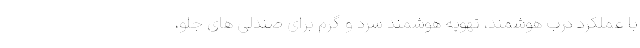
با عملکرد درب هوشمند، تهویه هوشمند سرد و گرم برای صندلی های جلو،